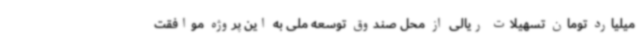
میلیارد تومان تسهیلات ریالی از محل صندوق توسعه ملی به این پروژه موافقت